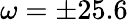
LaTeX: \omega=\pm 25.6